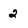
Character: 2